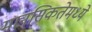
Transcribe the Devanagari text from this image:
मानसिकतेमध्ये